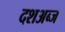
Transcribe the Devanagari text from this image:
दशअब्ज